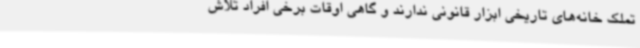
تملک خانه‌های تاریخی ابزار قانونی ندارند و گاهی اوقات برخی افراد تلاش